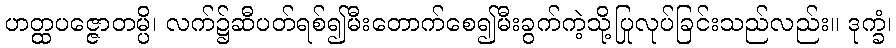
ဟတ္ထပဇ္ဇောတမ္ပိ၊ လက်၌ဆီပတ်ရစ်၍မီးတောက်စေ၍မီးခွက်ကဲ့သို့ပြုလုပ်ခြင်းသည်လည်း။ ဒုက္ခံ၊